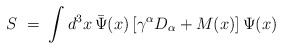
\begin{align*} S \;=\;\int d^3 x \, {\bar\Psi}(x)\,[\gamma^{\alpha}D_{\alpha} + M(x)]\,\Psi (x)\end{align*}